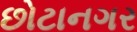
છોટાનગર